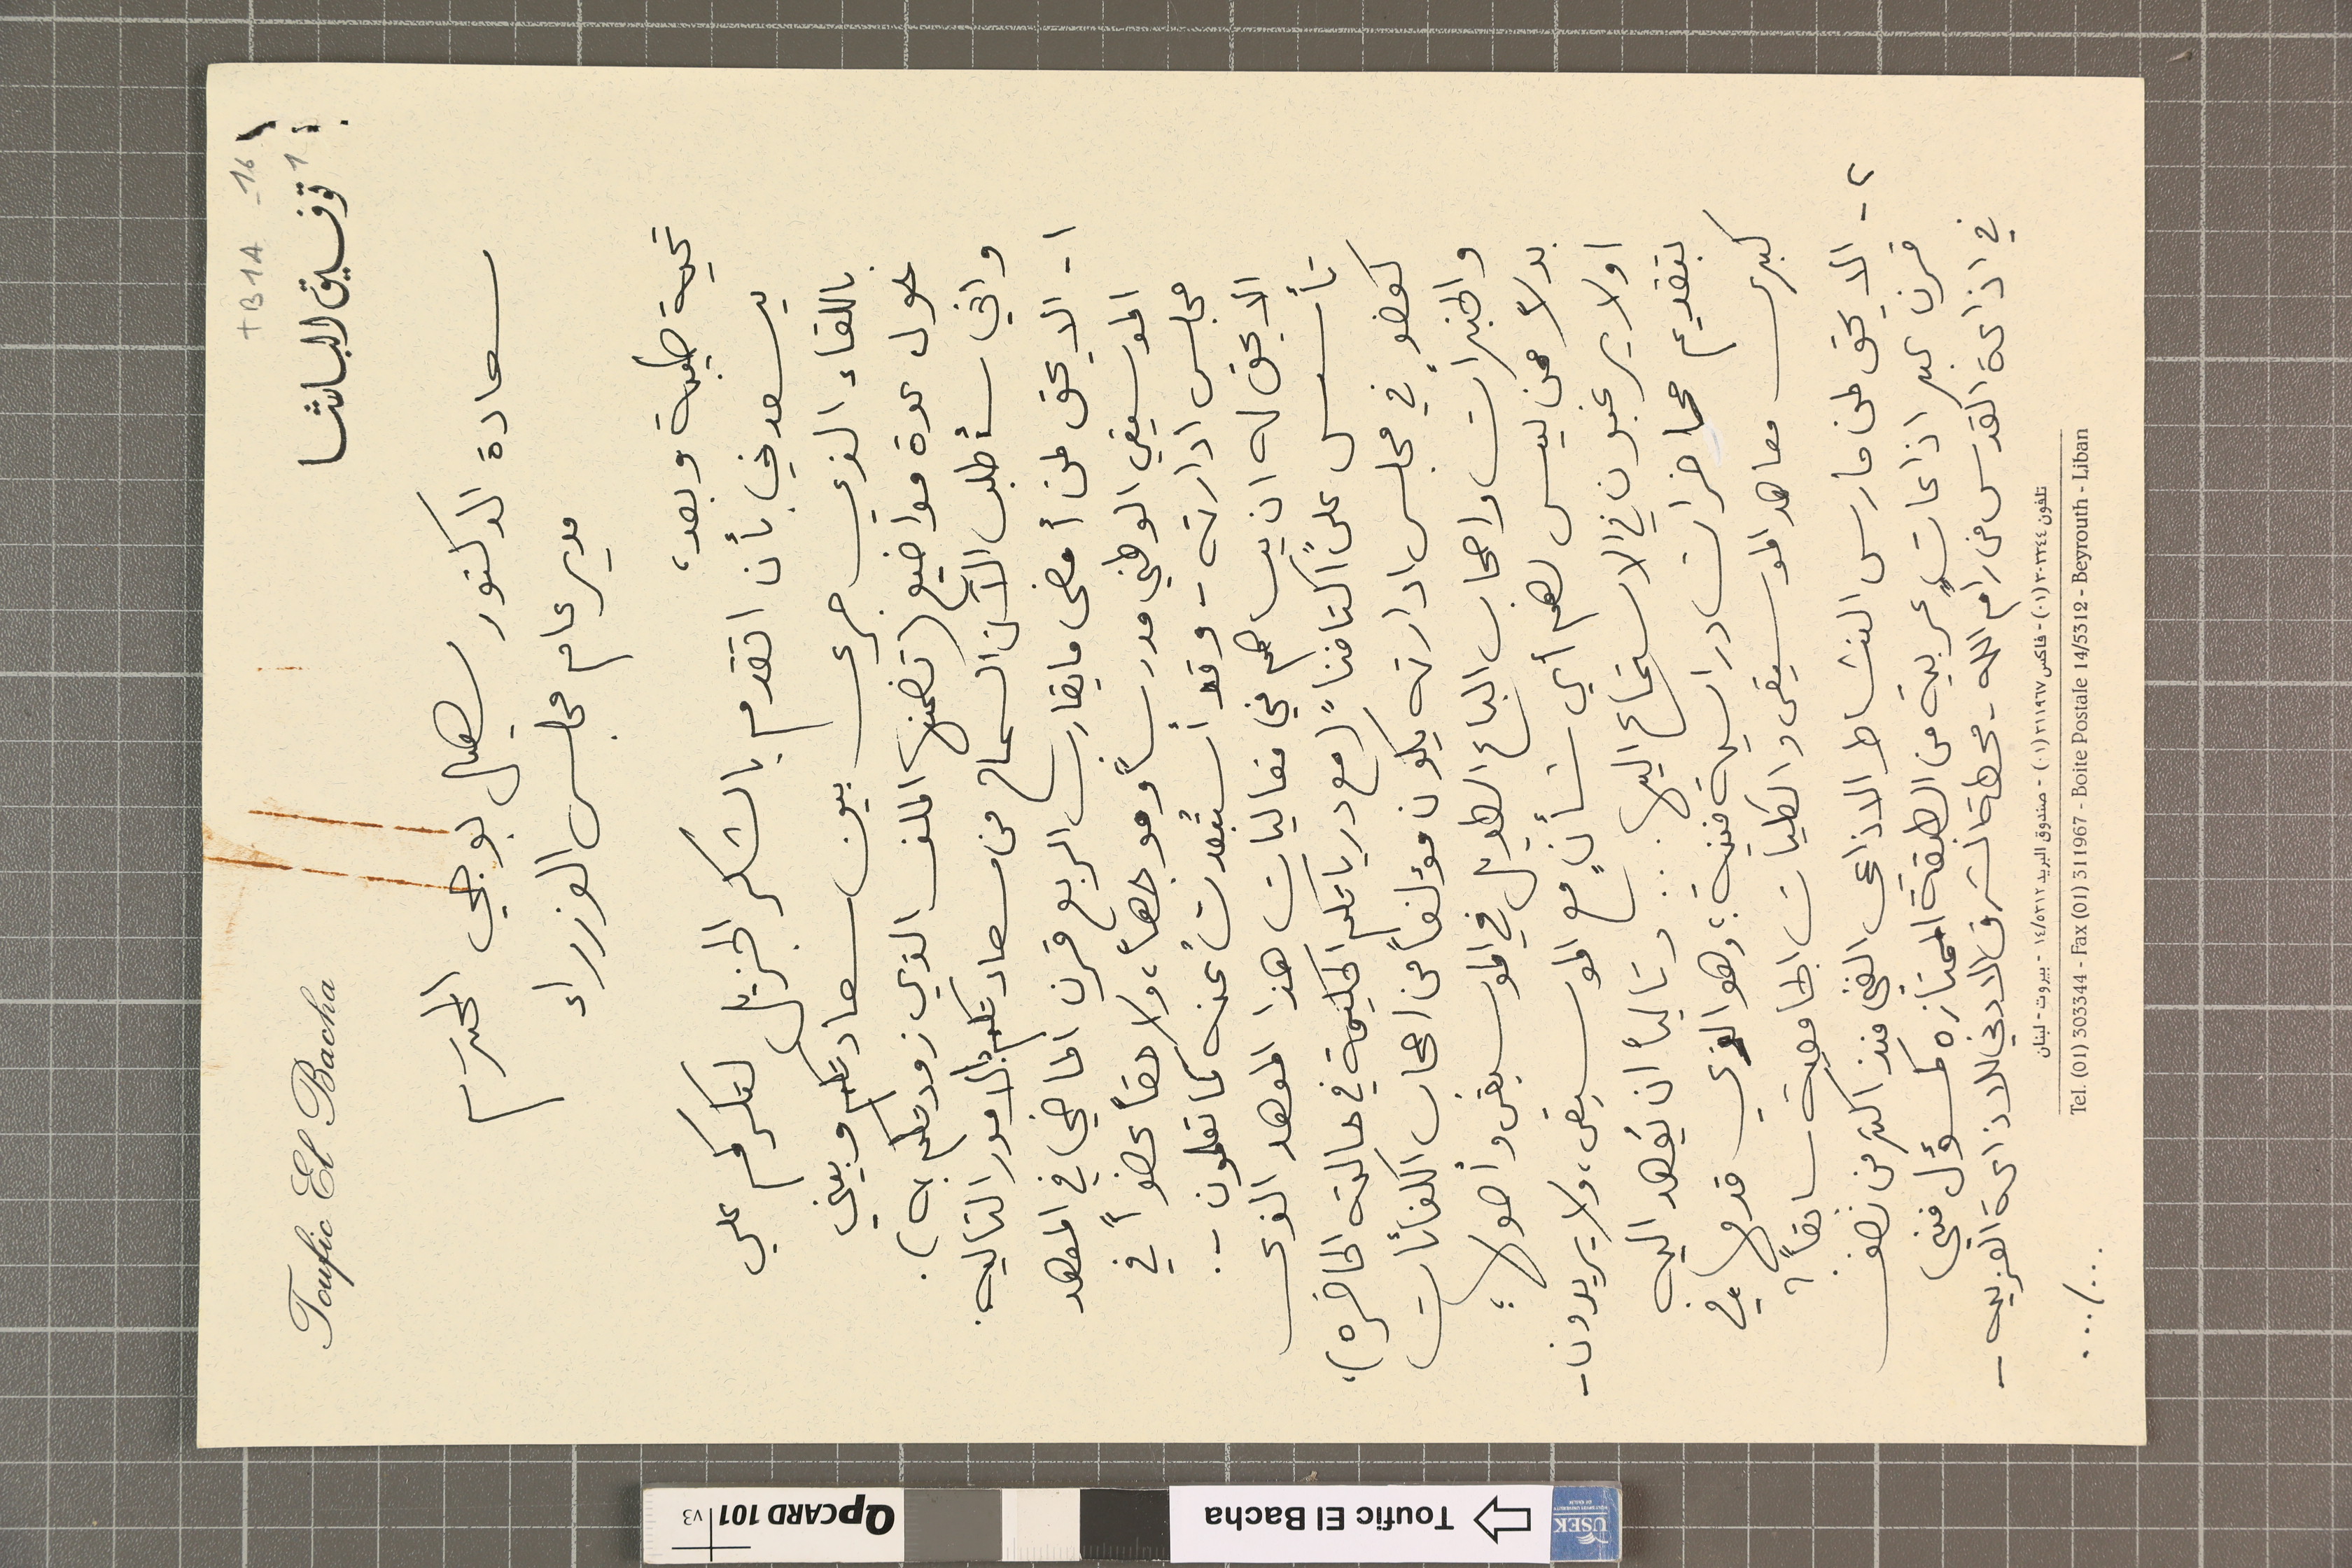
TB1A-16			1
توفيق الباشا				Toufic El Bacha
سعادة الدكتور سهيل بوجي المحترم
مدير عام مجلس الوزراء
تحية طيبة وبعد،
يسعدني بأن اتقدم بالشكر الجزيل لتكرمكم علي
باللقاء الذي جرى بين سعادتكم وبيني
حول عدة مواضيع (تضمنها الملف الذي زودتكم به).
واني سأطلب الآن السماح من سعادتكم بالامور التاليه.
١-	الا يحق لمن أمضى ما يقارب الربع قرن الماضي في المعهد
الموسيقي الوطني مدرساً وموجهاً، ولاحقاً عضواً في
مجلس ادارته - وقد أستُبعدتُ عنه كما تعلمون -
الا يحق له ان يساهم في فعاليات هذا المعهد الذى
تأسس على "اكتافنا" (مع درياتكم الحكيمة في حالته الحاضره)،
كعضوٍ في مجلس ادارته يكون مؤلفاً من اصحاب الكفائات
والخبرات واصحاب الباع الطويل في الموسيقى وأصولها ؛
بدلاً ممن ليس لهم أي شأنٍ مع الموسيقى، ولا يريدون -
او لا يرغبون في الاستماع اليها ... وتالياً ان يُعهد اليه
بتقديم محاضرات دراسية فنية ؛ وهو الذي قدمها في
كبرى معاهد الموسيقى والكليات الجامعية سابقاً ؟
- الا يحق لمن مارس النشاط الاذاعي الفني منذ اكثر من نصف
قرن عبر اذاعاتٍ عربية من الطبقة الممتازة كمسؤل فني
في اذاعة القدس من رام الله - محطة الشرق الادني للاذاعة العربيه -
تلفون ٣٠٣٣٤٤(٠١) - فاكس ٣١١٩٦٧(٠١) - صندوق البريد ٥٣١٢/١٤ - بيروت - لبنان
 … /… Tel. (01) 303344 - Fax (01) 311967 - Boite Postale 14/5312 - Beyrouth - Liban